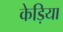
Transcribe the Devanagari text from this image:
केड़िया